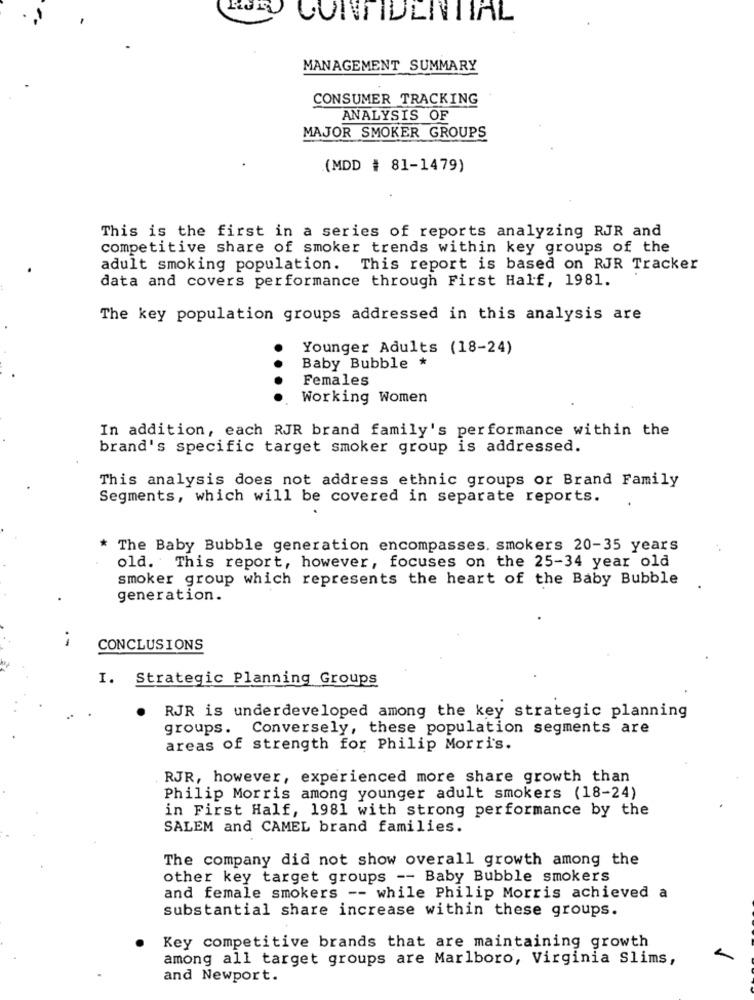
CONFIDENTIAL
MANAGEMENT SUMMARY
CONSUMER TRACKING
ANALYSIS OF
MAJOR SMOKER GROUPS
(MDD # 81-1479)
This is the first in a series of reports analyzing RJR and
competitive share of smoker trends within key groups of the
adult smoking population. This report is based on RJR Tracker
data and covers performance through First Half, 1981.
The key population groups addressed in this analysis are
Younger Adults (18-24)
.
Baby Bubble *
Females
Working Women
In addition, each RJR brand family's performance within the
brand's specific target smoker group is addressed.
This analysis does not address ethnic groups or Brand Family
Segments, which will be covered in separate reports.
* The Baby Bubble generation encompasses. smokers 20-35 years
old. This report, however, focuses on the 25-34 year old
smoker group which represents the heart of the Baby Bubble
generation.
i
CONCLUSIONS
I. Strategic Planning Groups
RJR is underdeveloped among the key strategic planning
groups. Conversely, these population segments are
areas of strength for Philip Morris.
RJR, however, experienced more share growth than
Philip Morris among younger adult smokers (18-24)
in First Half, 1981 with strong performance by the
SALEM and CAMEL brand families.
The company did not show overall growth among the
other key target groups -- Baby Bubble smokers
and female smokers -- while Philip Morris achieved a
substantial share increase within these groups.
Key competitive brands that are maintaining growth
among all target groups are Marlboro, Virginia Slims,
and Newport.